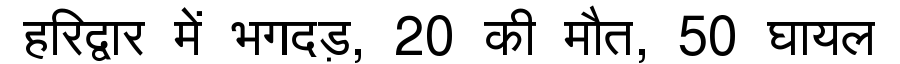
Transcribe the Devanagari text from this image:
हरिद्वार में भगदड़, 20 की मौत, 50 घायल